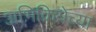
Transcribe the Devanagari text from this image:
अभिक्रियेच्या